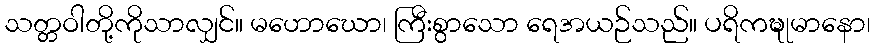
သတ္တဝါတို့ကိုသာလျှင်။ မဟောဃော၊ ကြီးစွာသော ရေအယဉ်သည်။ ပရိကဍ္ဎုမာနော၊